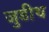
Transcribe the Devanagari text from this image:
जुडीथ